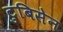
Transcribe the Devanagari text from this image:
टुबिसेन